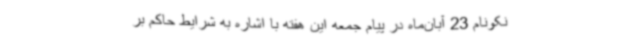
نکونام 23 آبان‌ماه در پیام جمعه این هفته با اشاره به شرایط حاکم بر